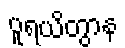
ပူရယိတွာန